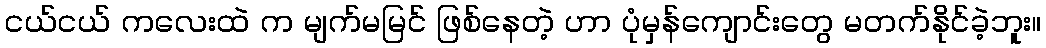
ငယ်ငယ် ကလေးထဲ က မျက်မမြင် ဖြစ်နေတဲ့ ဟာ ပုံမှန်ကျောင်းတွေ မတက်နိုင်ခဲ့ဘူး။